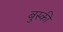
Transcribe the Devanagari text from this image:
बुस्की